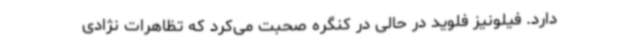
دارد. فیلونیز فلوید در حالی در کنگره صحبت می‌کرد که تظاهرات نژادی